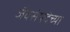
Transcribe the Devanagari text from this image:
जैवसंपदेच्या